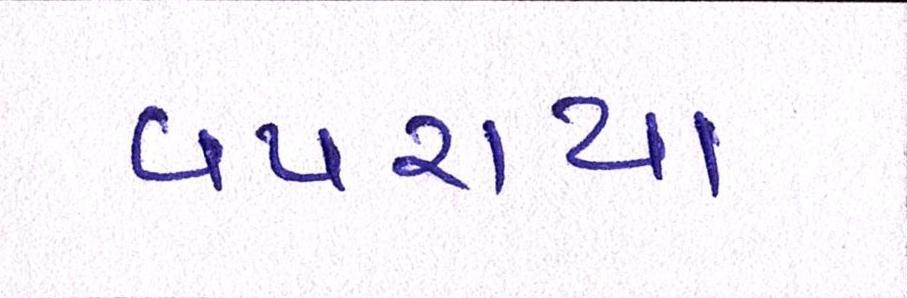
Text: વપરાયા